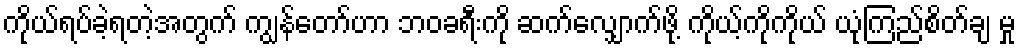
ကိုယ်ရပ်ခဲ့ရတဲ့အတွက် ကျွန်တော်ဟာ ဘဝခရီးကို ဆက်လျှောက်ဖို့ ကိုယ့်ကိုကိုယ် ယုံကြည်စိတ်ချ မှု